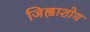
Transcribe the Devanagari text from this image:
जिह्वाशोथ